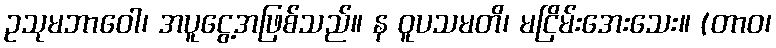
ဥသုမဘာဝေါ၊ အပူငွေ့အဖြစ်သည်။ န ဝူပသမတိ၊ မငြိမ်းအေးသေး။ (တာဝ၊